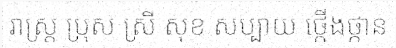
រាស្ត្រ ប្រុស ស្រី សុខ សប្បាយ ថ្កើងថ្កាន